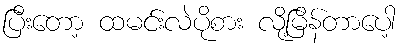
ပြီးတော့ ထမင်းလဲပိုစား လို့မြိန်တာပေါ့